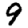
Digit: 9